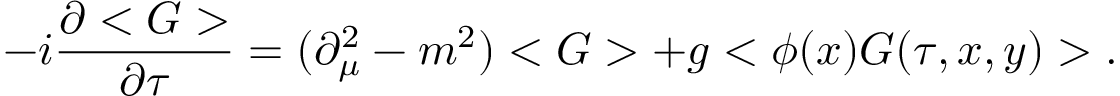
- i \frac { \partial < G > } { \partial \tau } = ( \partial _ { \mu } ^ { 2 } - m ^ { 2 } ) < G > + g < \phi ( x ) G ( \tau , x , y ) > .